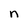
Character: n